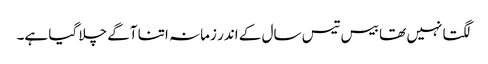
لگتا نہیں تھا بیس تیس سال کے اندر زمانہ اتنا آگے چلا گیا ہے۔